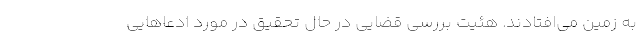
به زمین می‌افتادند. هئیت بررسی قضایی در حال تحقیق در مورد ادعاهایی